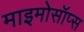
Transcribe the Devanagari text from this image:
माइमोसॉप्स